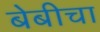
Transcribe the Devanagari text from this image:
बेबीचा